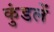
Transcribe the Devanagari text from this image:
कुंडलें